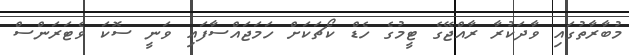
މުބާރާތުގައި ވާދަކުރާ ރާއްޖޭގެ ޓީމުގެ ހެޑް ކޯޗަކަށް ހަމަޖައްސާފައި ވަނީ ސޮކަ ވެޓަރަންސް